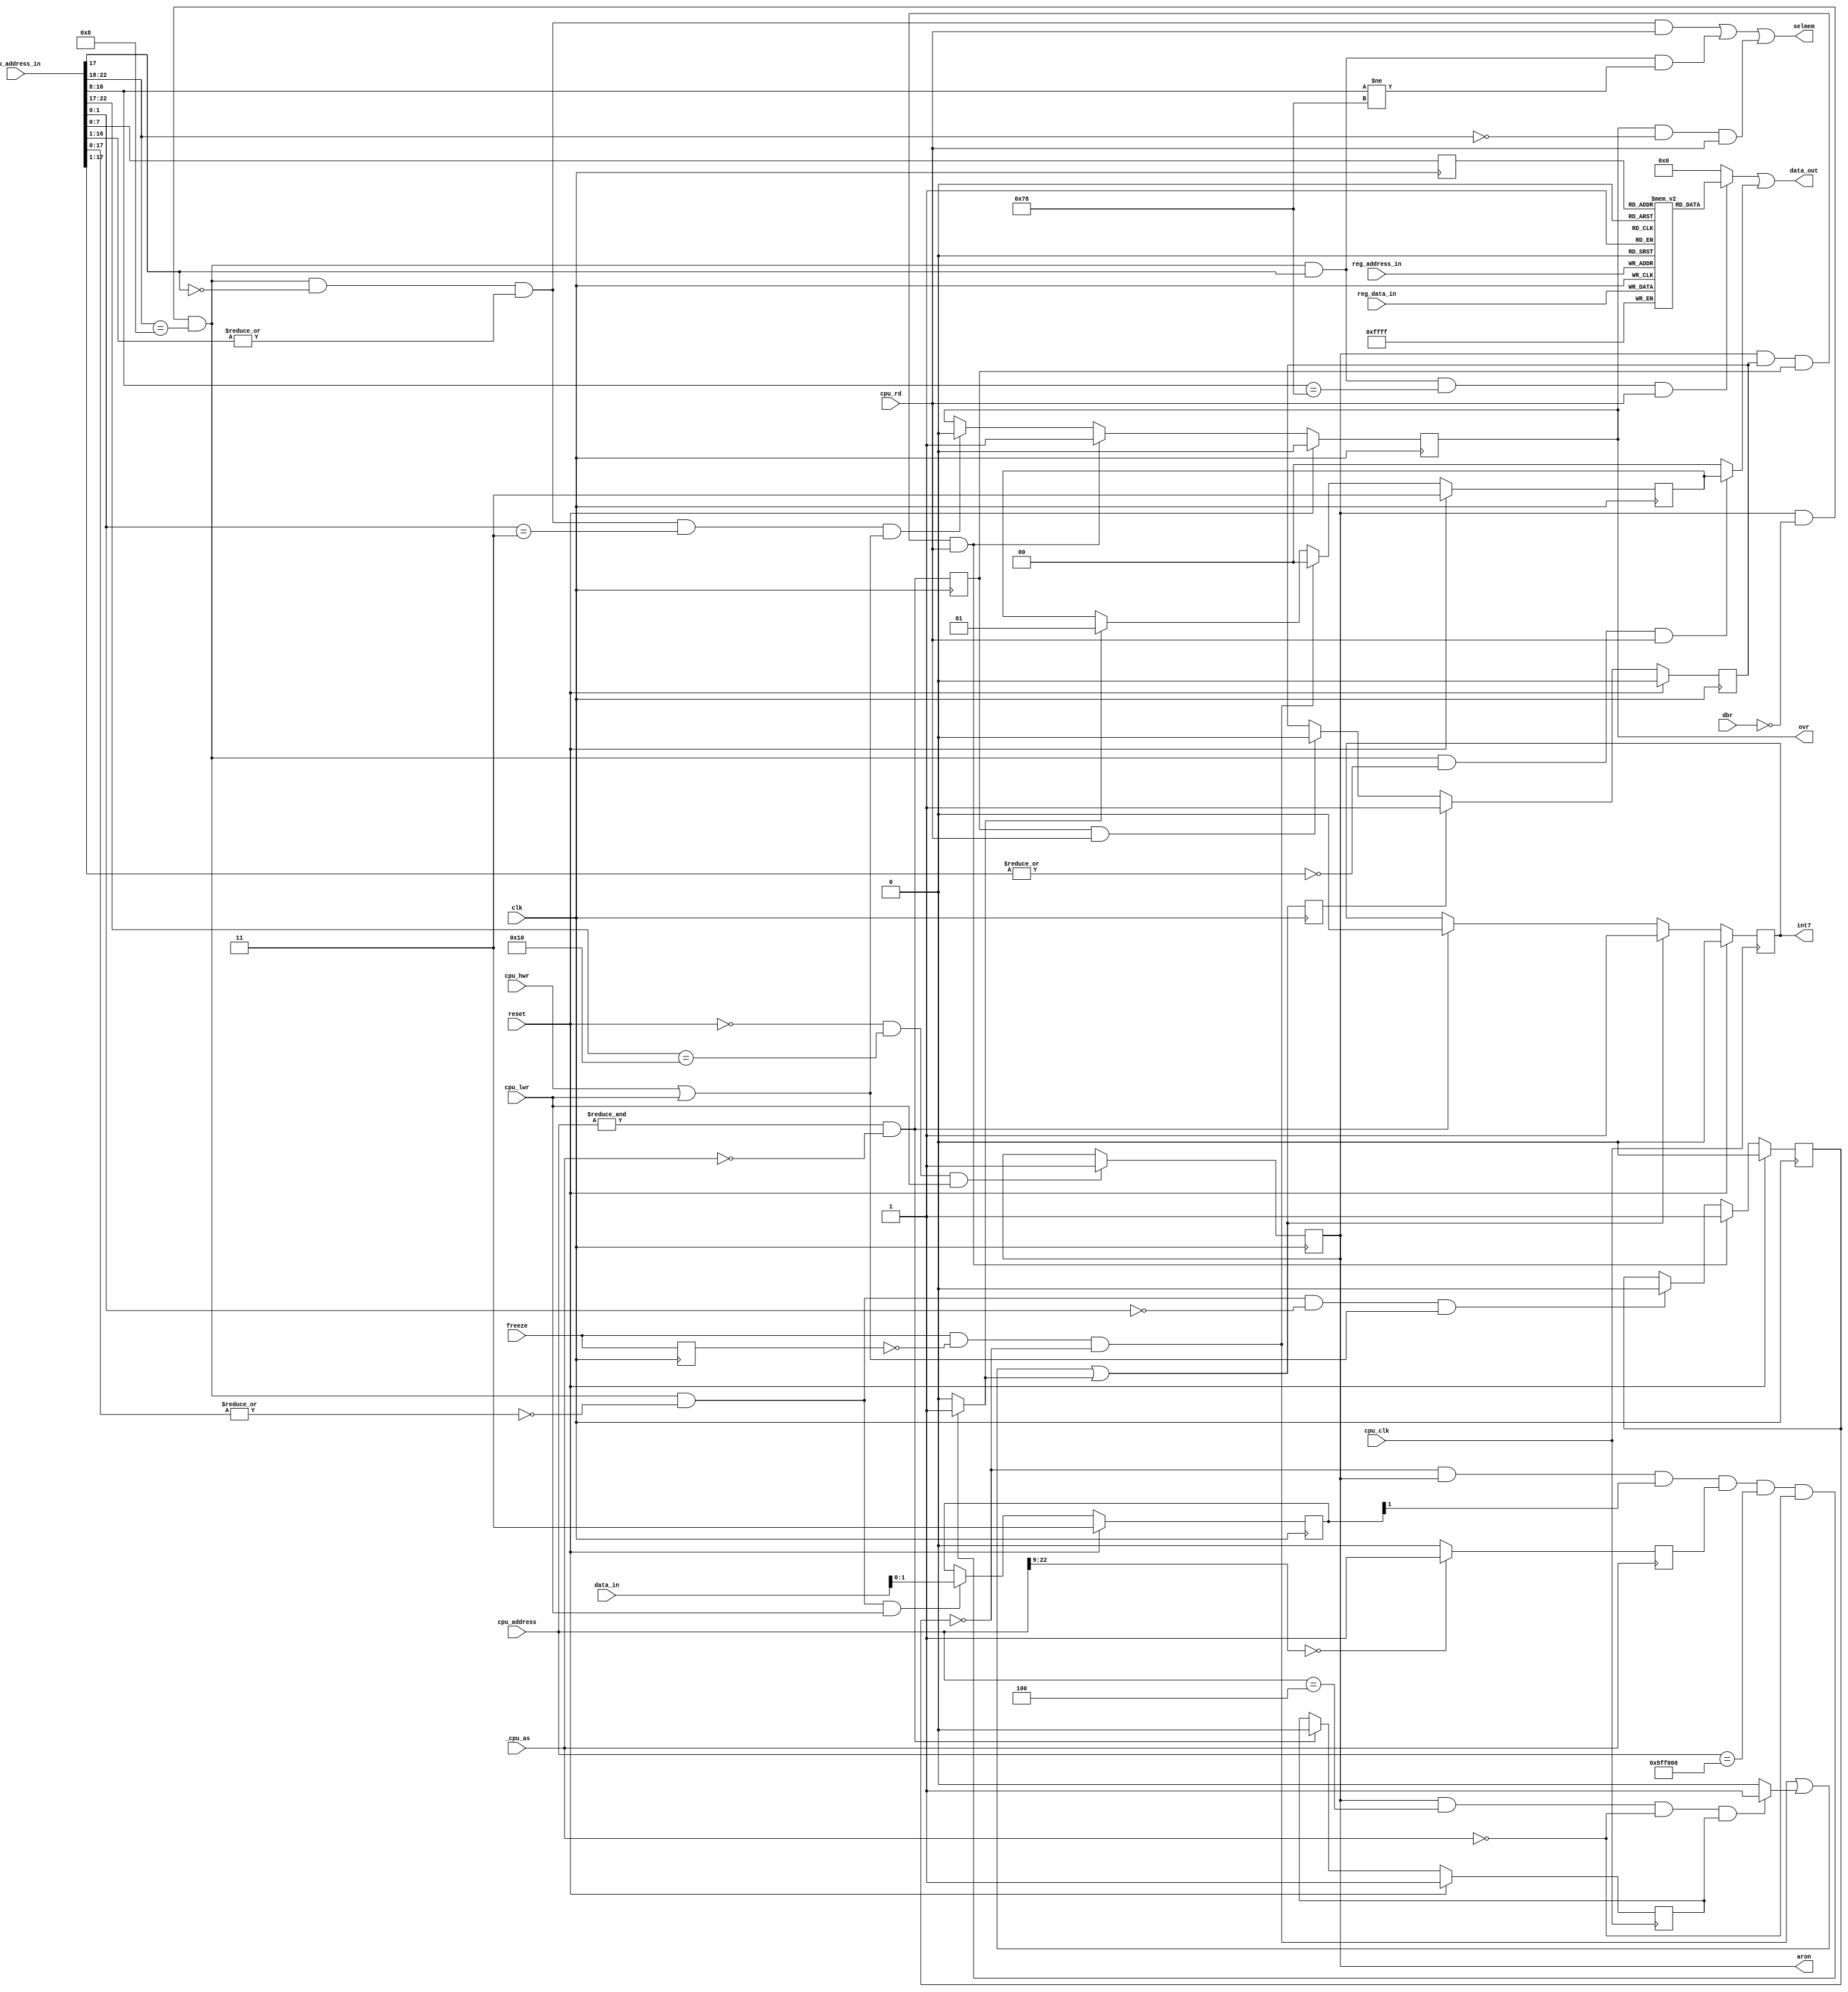
module ActionReplay
(
	input	clk,
	input	reset,
	input	[23:1] cpu_address,
	input	[23:1] cpu_address_in,
	input	cpu_clk,
	input	_cpu_as,
	input	[8:1] reg_address_in,
	input	[15:0] reg_data_in,
	input	[15:0] data_in,
	output	[15:0] data_out,
	input	cpu_rd,
	input	cpu_hwr,
	input	cpu_lwr,
	input	dbr,
	output	ovr,
	input	freeze,
	output	reg int7,
	output	selmem,
	output	reg aron = 1'b0
);
reg		freeze_del;
wire	freeze_req;
wire	int7_req;
wire	int7_ack;
reg		l_int7_req;
reg		l_int7_ack;
reg		l_int7;
wire	reset_req;
wire	break_req;
reg		after_reset;
reg		[1:0] mode;
reg		[1:0] status;
reg		ram_ovl;	
reg		active;		
wire	sel_cart;	
wire	sel_rom;	
wire	sel_ram;	
wire 	sel_custom;	
wire	sel_status;	
wire	sel_mode;	
wire  sel_ovl;
wire	[15:0] custom_out;
wire	[15:0] status_out;
assign sel_cart = aron & ~dbr & (cpu_address_in[23:19]==5'b0100_0);
assign sel_rom = sel_cart & ~cpu_address_in[18] & |cpu_address_in[17:2];
assign sel_ram = sel_cart & cpu_address_in[18] & (cpu_address_in[17:9]!=9'b001111_000);
assign sel_custom = sel_cart & cpu_address_in[18] & (cpu_address_in[17:9]==9'b001111_000) & cpu_rd;
assign sel_mode = sel_cart & ~|cpu_address_in[18:1];
assign sel_status = sel_cart & ~|cpu_address_in[18:2] & cpu_rd;
assign sel_ovl = ram_ovl & (cpu_address_in[23:19]==5'b0000_0) & cpu_rd;
assign selmem = ((sel_rom & cpu_rd) | sel_ram | sel_ovl);
always @(negedge clk)
	if (!reset && cpu_address_in[23:18]==6'b0100_00 && cpu_lwr)
		aron <= 1'b1;	
always @(posedge clk)
	freeze_del <= freeze;
assign freeze_req = freeze & ~freeze_del & (~active);
assign int7_req =  (freeze_req | reset_req | break_req);
assign int7_ack = &cpu_address & ~_cpu_as;
always @(posedge cpu_clk)
	if (reset)
		int7 <= 1'b0;
	else if (int7_req)
		int7 <= 1'b1;
	else if (int7_ack)
		int7 <= 1'b0;
always @(posedge clk)
	l_int7_req <= int7_req;
always @(posedge clk)
	l_int7_ack <= int7_ack;
always @(posedge clk)
	if (reset)
		l_int7 <= 1'b0;
	else if (l_int7_req)
		l_int7 <= 1'b1;
	else if (l_int7_ack && cpu_rd)
		l_int7 <= 1'b0;
assign reset_req = aron && cpu_address[23:1]==23'h04 && !_cpu_as && after_reset ? 1'b1 : 1'b0;
always @(posedge cpu_clk)
	if (reset)
		after_reset <= 1'b1;
	else if (int7_ack)
		after_reset <= 1'b0;
always @(posedge clk)
	if (reset)
		ram_ovl <= 1'b0;
	else if (aron && l_int7 && l_int7_ack && cpu_rd) 
		ram_ovl <= 1'b1;
	else if (sel_rom && (cpu_address_in[2:1]==2'b11) && (cpu_hwr|cpu_lwr))
		ram_ovl <= 1'b0;
always @(posedge clk)
	if (reset)
		active <= 1'b0;
	else if (aron && l_int7 && l_int7_ack && cpu_rd)
		active <= 1'b1;
	else if (sel_mode && (cpu_address_in[2:1]==2'b00) && (cpu_hwr|cpu_lwr))
		active <= 1'b0;
assign ovr = ram_ovl;
always @(posedge clk)
	if (reset)
		mode <= 2'b11;
	else if (sel_mode && cpu_lwr)	
		mode <= data_in[1:0];
always @(posedge clk)
	if (reset)
		status <= 2'b11;
	else if (freeze_req)			
		status <= 2'b00;
	else if (break_req)			
		status <= 2'b01;
assign status_out = sel_status ? {14'h00,status} : 16'h00_00;
reg		[15:0] custom [255:0];
reg		[8:1] custom_adr;
always @(negedge clk)
	custom_adr[8:1] <= cpu_address_in[8:1];
always @(posedge clk)
	custom[reg_address_in] <= reg_data_in;
assign custom_out = sel_custom ? custom[custom_adr[8:1]] : 16'h00_00;
assign data_out = custom_out | status_out;
reg	cpu_address_hit;
always @(posedge _cpu_as)
	cpu_address_hit <= cpu_address[23:10]==14'h00 ? 1'b1 : 1'b0;
assign break_req = ~active && aron && mode[1] && cpu_address_hit && cpu_address==(24'hBFE001>>1) && !_cpu_as ? 1'b1 : 1'b0;
endmodule